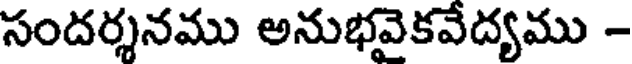
సందర్శనము అనుభవైకవేద్యము -